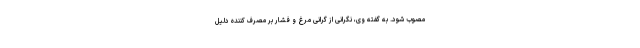
مصوب شود. به گفته وی، نگرانی از گرانی مرغ و فشار بر مصرف کننده دلیل